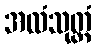
အလံသုတ္တံ